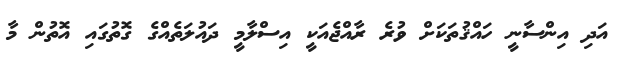
އަދި އިންސާނީ ހައްޤުތަކަށް ވުރެ ރާއްޖެއަކީ އިސްލާމީ ދައުލަތެއްގެ ގޮތުގައި އޮތުން މާ